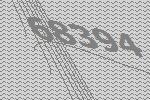
68394